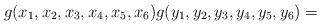
LaTeX: \begin{align*} g(x_1,x_2,x_3,x_4,x_5,x_6) g(y_1,y_2,y_3,y_4,y_5,y_6)= \end{align*}